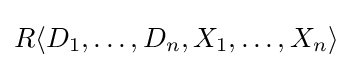
R\langle D_{1},\ldots ,D_{n},X_{1},\ldots ,X_{n}\rangle